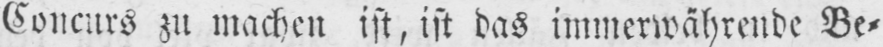
Concurs zu machen ist, ist das immerwährende Be⸗